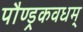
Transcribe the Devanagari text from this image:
पौण्ड्रकवधम्